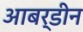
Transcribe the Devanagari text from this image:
आबर्डीन